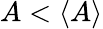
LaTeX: A<\langle A\rangle